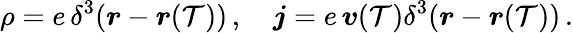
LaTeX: \rho=e\, \delta^{3}(\boldsymbol{r}-\boldsymbol{r}(\mathcal{T}))\, ,\quad\boldsymbol{j}=e\, \boldsymbol{v}(\mathcal{T})\delta^{3}(\boldsymbol{r}-\boldsymbol{r}(\mathcal{T}))\, .